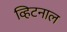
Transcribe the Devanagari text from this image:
व्हिटनाल